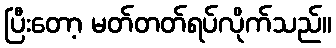
ပြီးတော့ မတ်တတ်ရပ်လိုက်သည်။